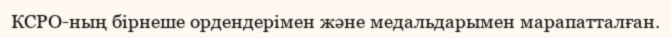
КСРО-ның бірнеше ордендерімен және медальдарымен марапатталған.